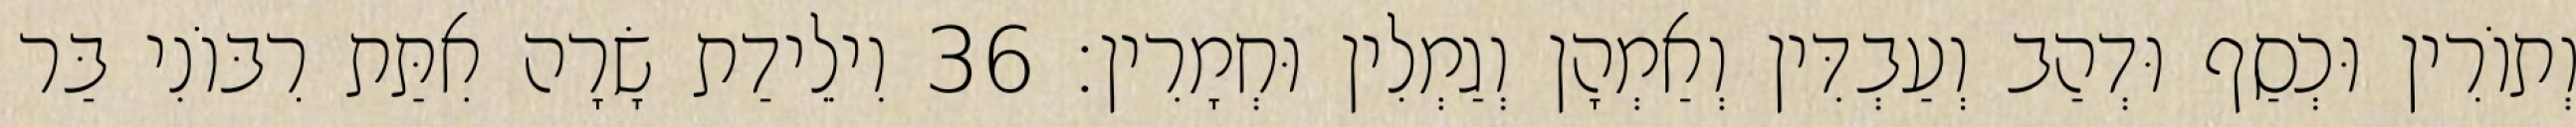
וְתוֹרִין וּכְסַף וּדְהַב וְעַבְדִּין וְאַמְהָן וְגַמְלִין וּחְמָרִין׃ 36 וִילֵידַת שָׂרָה אִתַּת רִבּוֹנִי בַּר